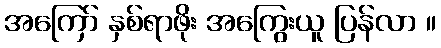
အကြော် နှစ်ရာဖိုး အကြွေးယူ ပြန်လာ ။